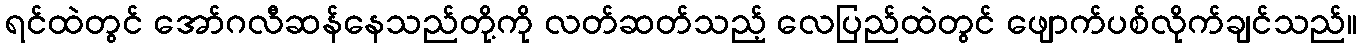
ရင်ထဲတွင် အော်ဂလီဆန်နေသည်တို့ကို လတ်ဆတ်သည့် လေပြည်ထဲတွင် ဖျောက်ပစ်လိုက်ချင်သည်။